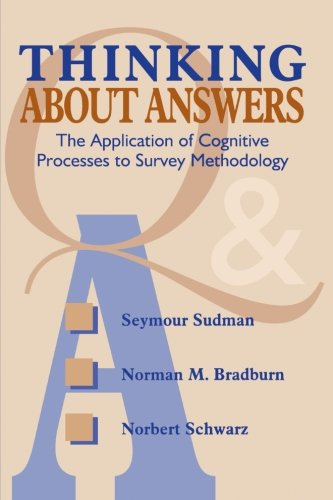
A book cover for Thinking About Answers: The Application of Cognitive Processes to Survey Methodology; Seymour Sudman; Politics & Social Sciences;